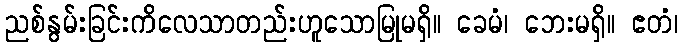
ညစ်နွမ်းခြင်းကိလေသာတည်းဟူသောမြုမရှိ။ ခေမံ၊ ဘေးမရှိ။ ဧတံ၊